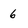
Character: 6